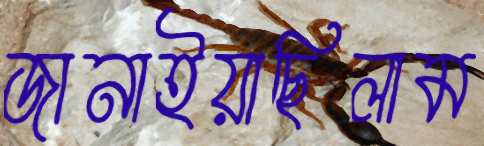
জানাইয়াছিলাম